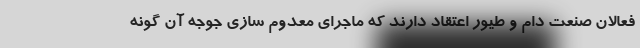
فعالان صنعت دام و طیور اعتقاد دارند که ماجرای معدوم سازی جوجه آن گونه